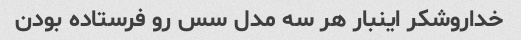
خداروشکر اینبار هر سه مدل سس رو فرستاده بودن